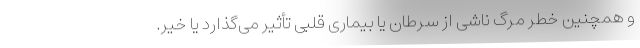
و همچنین خطر مرگ ناشی از سرطان یا بیماری قلبی تأثیر می‌گذارد یا خیر.